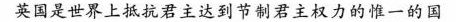
英国是世界上抵抗君主达到节制君主权力的惟一国